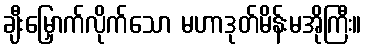
ချီးမြှောက်လိုက်သော မဟာဒုတ်မိန်းမအိုကြီး။